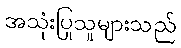
အသုံးပြုသူများသည်